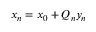
x _ { n } = x _ { 0 } + Q _ { n } y _ { n }